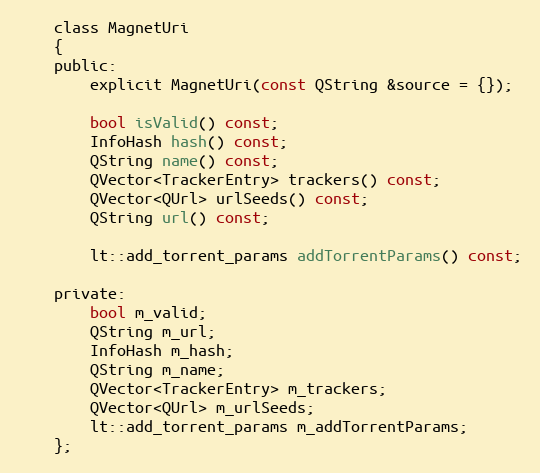
Language: C
    class MagnetUri
    {
    public:
        explicit MagnetUri(const QString &source = {});

        bool isValid() const;
        InfoHash hash() const;
        QString name() const;
        QVector<TrackerEntry> trackers() const;
        QVector<QUrl> urlSeeds() const;
        QString url() const;

        lt::add_torrent_params addTorrentParams() const;

    private:
        bool m_valid;
        QString m_url;
        InfoHash m_hash;
        QString m_name;
        QVector<TrackerEntry> m_trackers;
        QVector<QUrl> m_urlSeeds;
        lt::add_torrent_params m_addTorrentParams;
    };